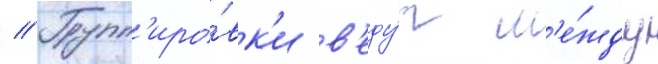
// Групп'иро́вк'и в'еду́т м'е́жду